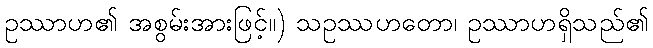
ဥဿာဟ၏ အစွမ်းအားဖြင့်။) သဥဿဟတော၊ ဥဿာဟရှိသည်၏